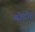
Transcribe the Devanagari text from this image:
बोदोह